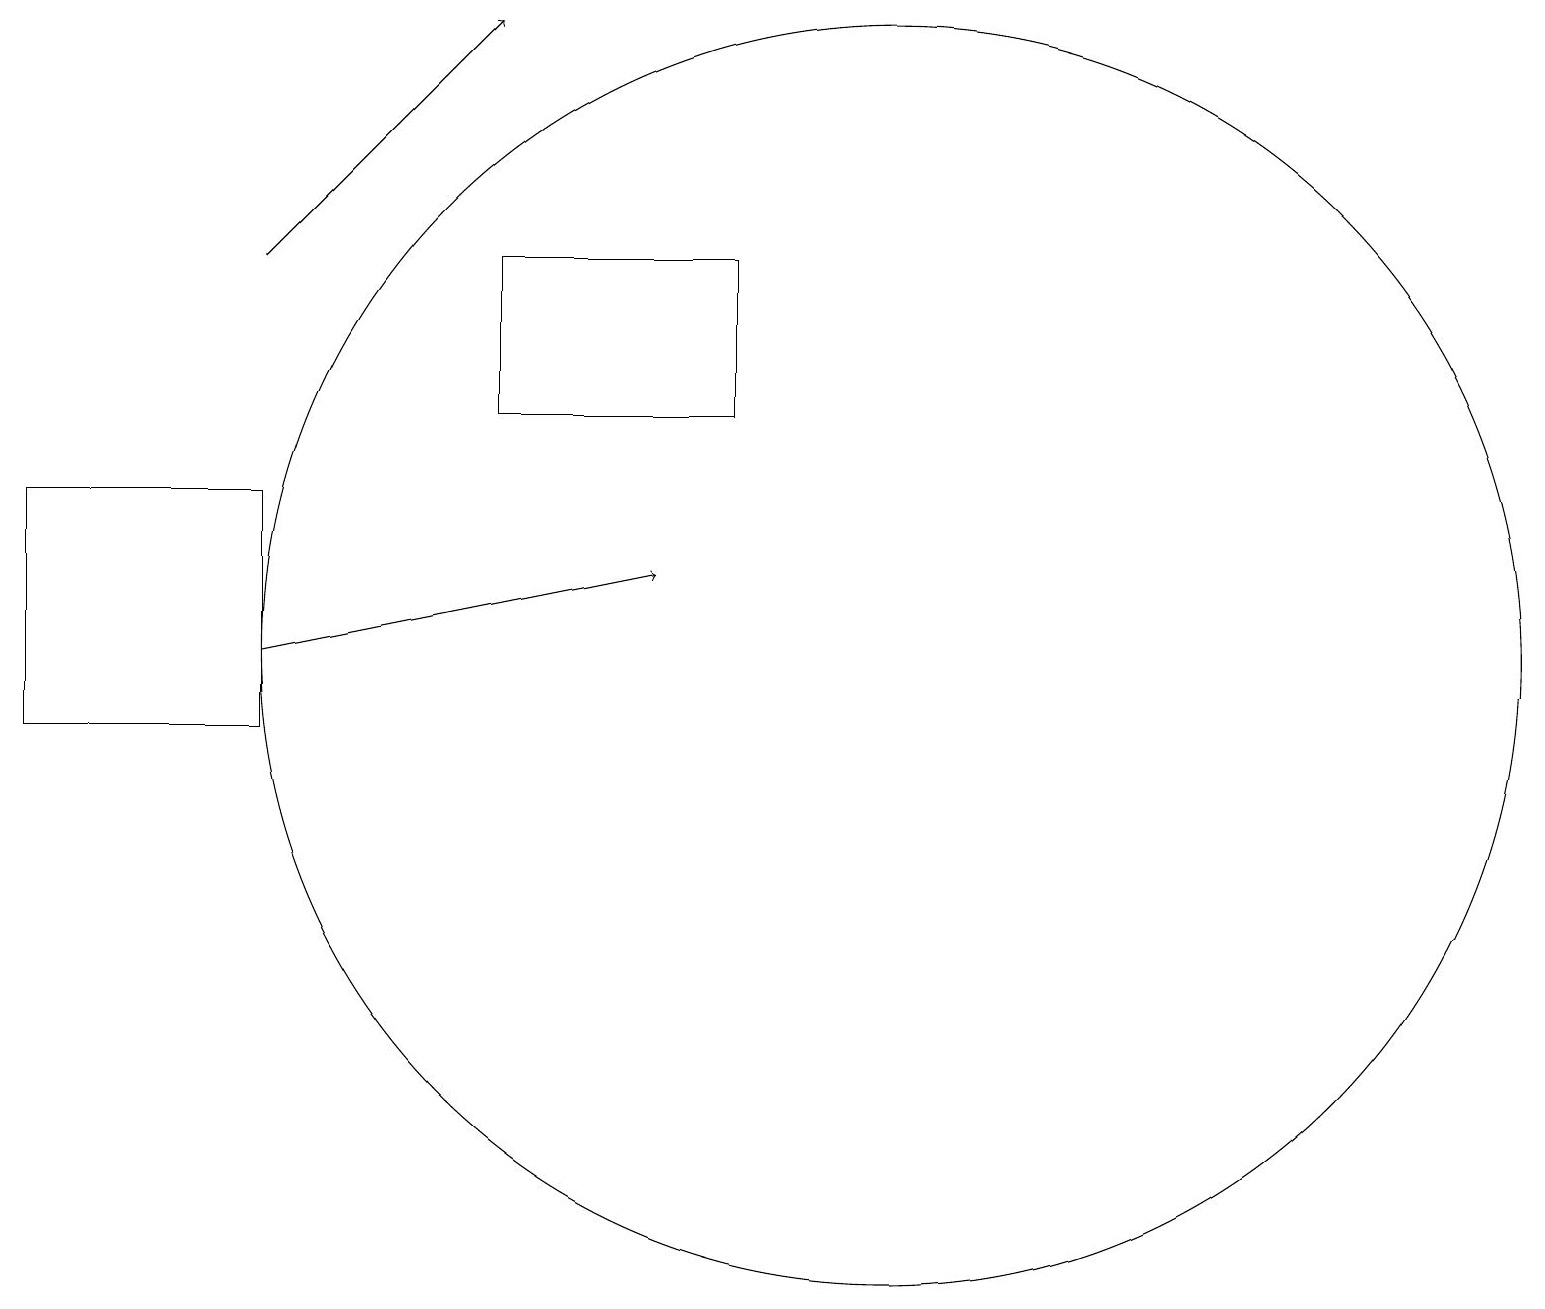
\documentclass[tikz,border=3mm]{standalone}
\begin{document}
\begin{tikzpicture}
\draw (6,16) rectangle (9,14);
\draw[->] (3,11) -- (8,12);
\draw (11,12) circle (0);
\draw (11,11) circle (8);
\draw (0,13) rectangle (3,10);
\draw (11,11) circle (0);
\draw[->] (3,16) -- (6,19);
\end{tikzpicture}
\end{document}